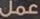
عمل